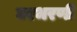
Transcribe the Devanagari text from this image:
घरभरणी